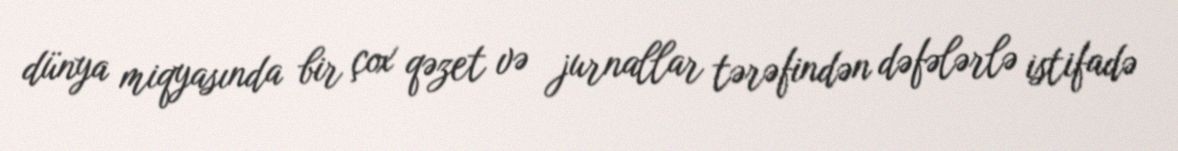
dünya miqyasında bir çox qəzet və jurnallar tərəfindən dəfələrlə istifadə